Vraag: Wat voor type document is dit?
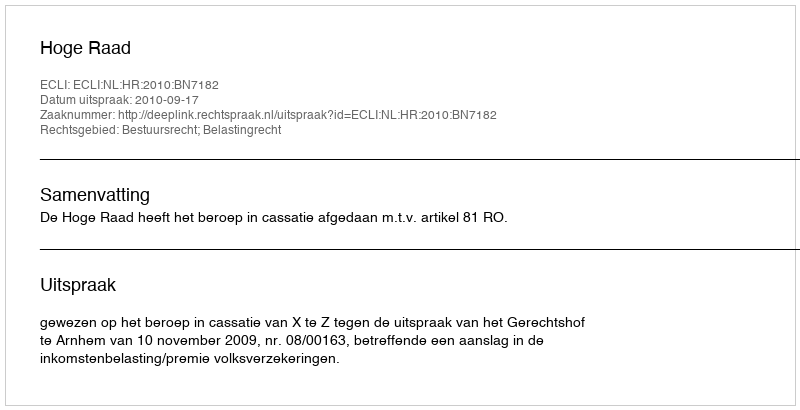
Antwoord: Uitspraak